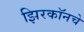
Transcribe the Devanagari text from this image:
झिरकॉनचे